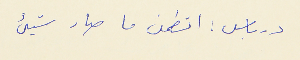
درباس : اتطمن ما صار شيىء